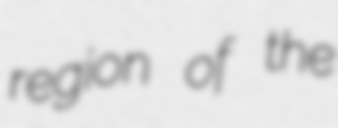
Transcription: region of the